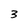
Character: 3